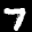
Label: 7